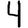
Digit: 4